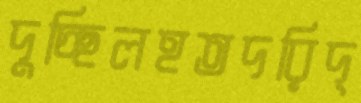
দুচ্ছিলহতদরিদ্